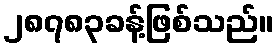
၂၈၇၈၃ခန့်ဖြစ်သည်။